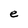
Character: e